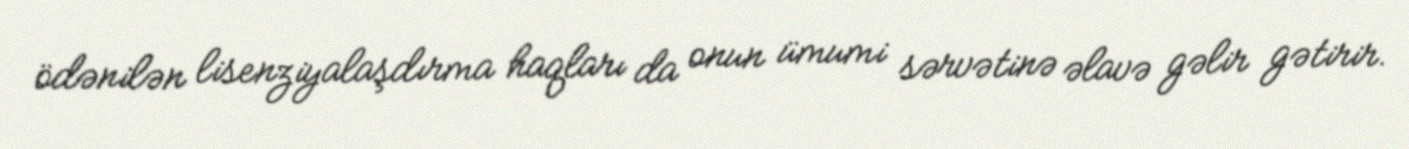
ödənilən lisenziyalaşdırma haqları da onun ümumi sərvətinə əlavə gəlir gətirir.